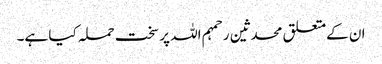
ان کےمتعلق محدثین رحمہم اللہ پر سخت حملہ کیا ہے۔